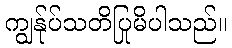
ကျွန်ုပ်သတိပြုမိပါသည်။